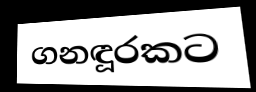
ගනඳූරකට